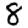
Digit: 8